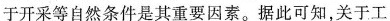
于开采等自然条件是其重要因素。据此可知，关于工